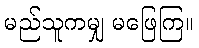
မည်သူကမျှ မဖြေကြ။